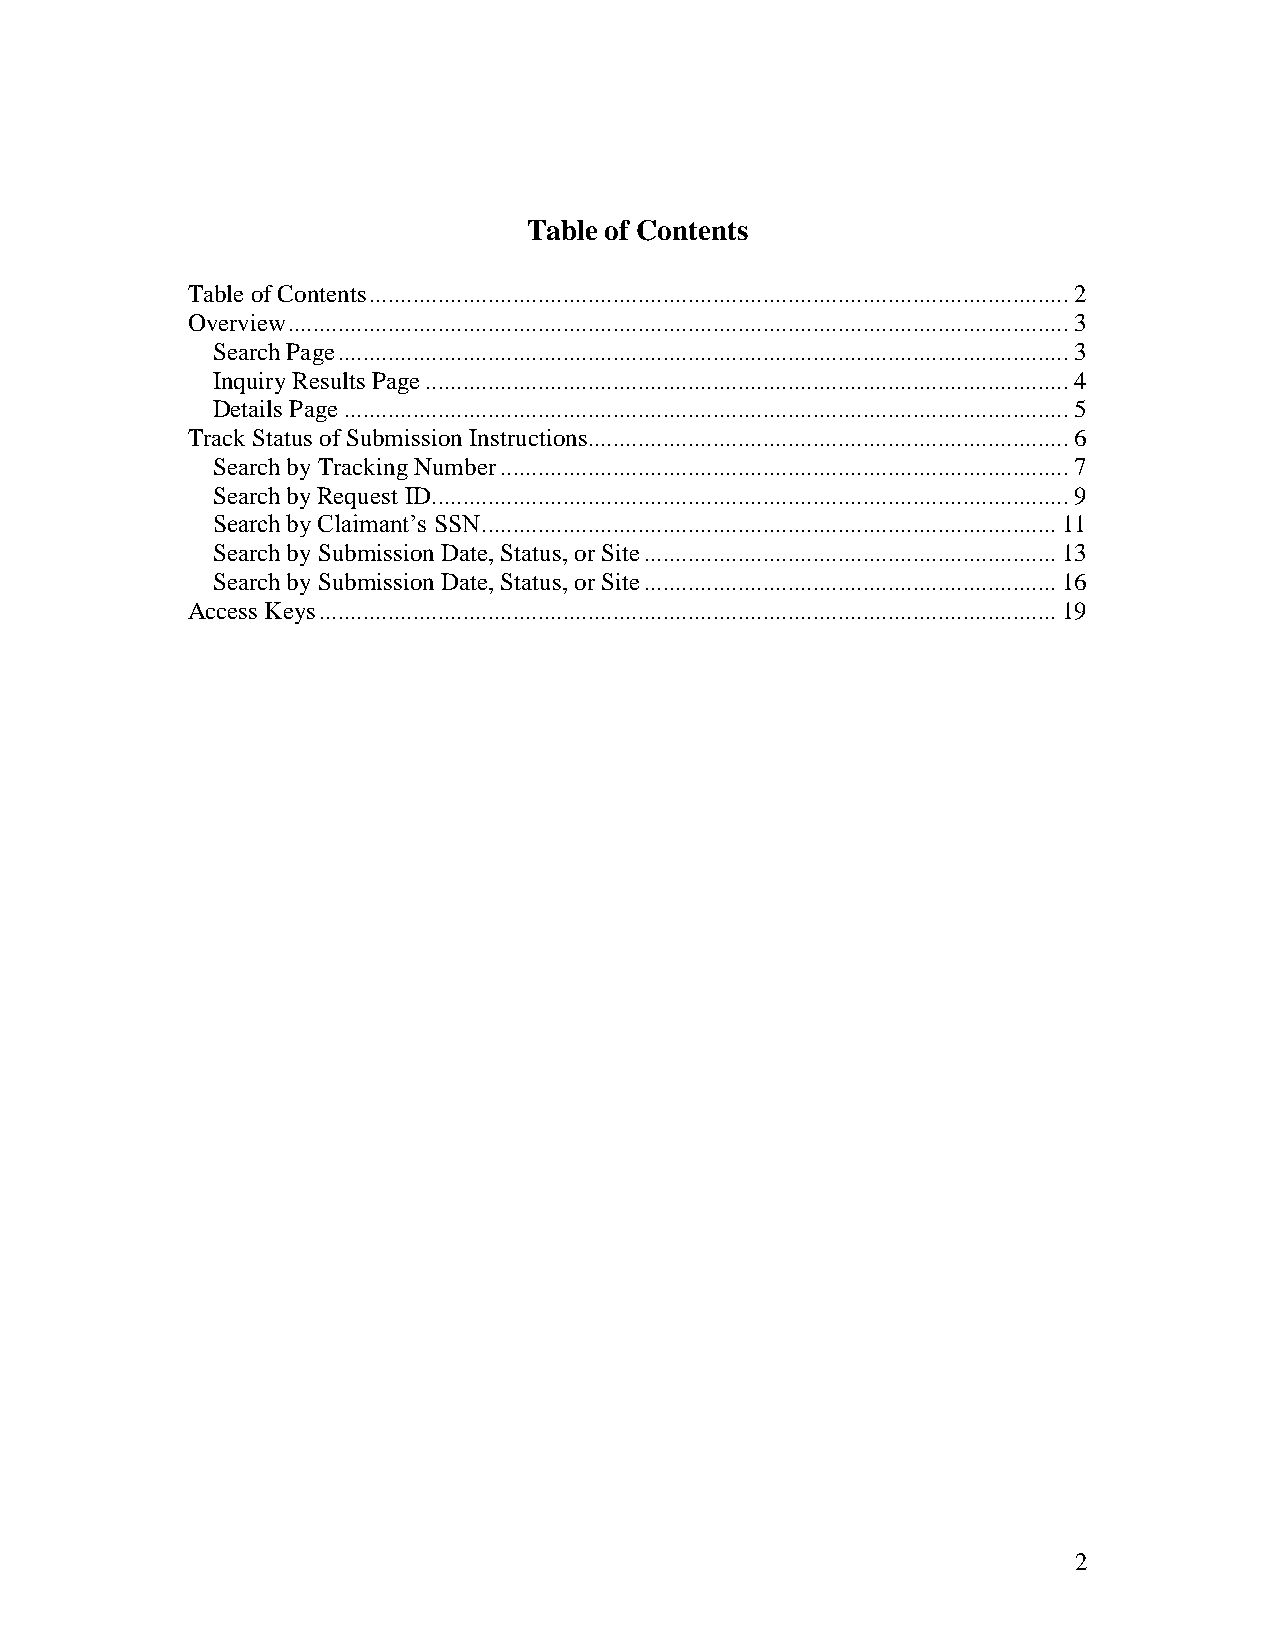
Table of Contents
 Table of Contents ................................................................................................................ 2
 Overview ............................................................................................................................. 3
 Search Page ..................................................................................................................... 3
 Inquiry Results Page ....................................................................................................... 4
 Details Page .................................................................................................................... 5
 Track Status of Submission Instructions............................................................................. 6
 Search by Tracking Number ........................................................................................... 7
 Search by Request ID...................................................................................................... 9
 Search by Claimant’s SSN ............................................................................................ 11
 Search by Submission Date, Status, or Site .................................................................. 13
 Search by Submission Date, Status, or Site .................................................................. 16
 Access Keys ...................................................................................................................... 19
 2